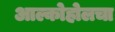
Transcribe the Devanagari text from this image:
आल्कोहोलचा